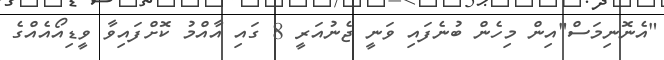
"އެނޮނިމަސް"އިން މިހެން ބުނެފައި ވަނީ ޖެނުއަރީ 8 ގައި އާއްމު ކޮށްފައިވާ ވީޑިއޯއެއްގެ